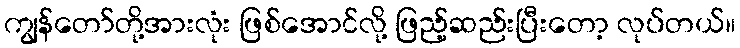
ကျွန်တော်တို့အားလုံး ဖြစ်အောင်လို့ ဖြည့်ဆည်းပြီးတော့ လုပ်တယ်။